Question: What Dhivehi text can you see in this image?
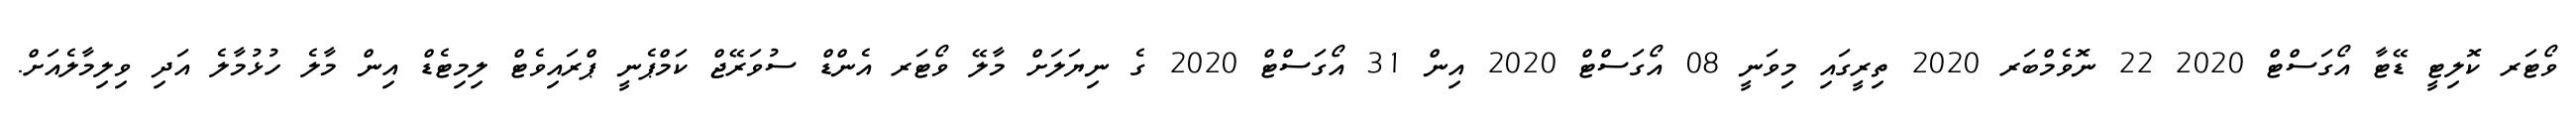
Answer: ވޯޓަރ ކޮލިޓީ ޑޭޓާ އޯގަސްޓް 2020 22 ނޮވެމްބަރ 2020 ތިރީގައި މިވަނީ 08 އޯގަސްޓް 2020 އިން 31 އޯގަސްޓް 2020 ގެ ނިޔަލަށް މާލޭ ވޯޓަރ އެންޑް ސުވަރޭޖް ކަމްޕެނީ ޕްރައިވެޓް ލިމިޓެޑް އިން މާލެ ހުޅުމާލެ އަދި ވިލިމާލެއަށް.